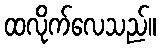
ထလိုက်လေသည်။